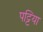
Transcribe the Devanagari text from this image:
पट्टिया